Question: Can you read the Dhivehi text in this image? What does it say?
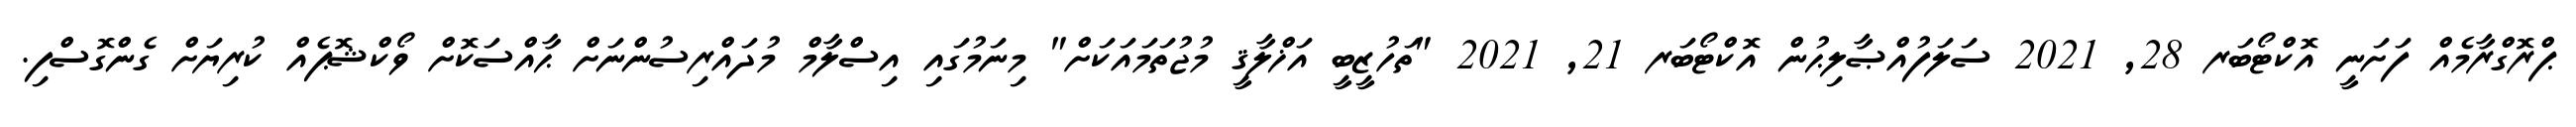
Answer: ޕްރޮގްރާމެއް ފަށަނީ އޮކްޓޯބަރ 28, 2021 ސަލަފުއްޞާލިޙުން އޮކްޓޯބަރ 21, 2021 "ތަހުޒީބީ އަޚްލާޤީ މުޖުތަމައަކަށް" މިނަމުގައި އިސްލާމް މުދައްރިސުންނަށް ޙާއްސަކޮށް ވޯކްޝޮޕެއް ކުރިޔަށް ގެންގޮސްފި.